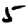
Digit: 5